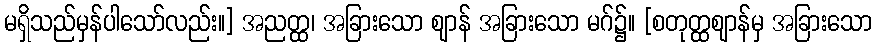
မရှိသည်မှန်ပါသော်လည်း။] အညတ္ထ၊ အခြားသော ဈာန် အခြားသော မဂ်၌။ [စတုတ္ထဈာန်မှ အခြားသော